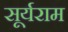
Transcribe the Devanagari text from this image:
सूर्यराम